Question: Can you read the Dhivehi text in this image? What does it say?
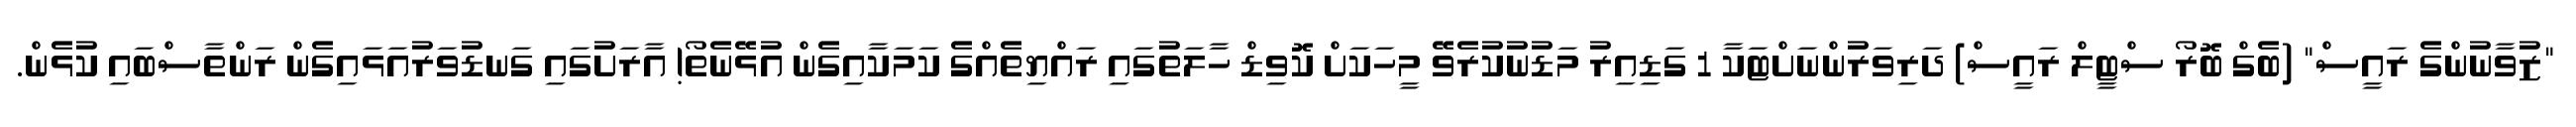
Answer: "ޒުވާނުންގެ ރައީސް" (ބެގް ބޮރޯ ސްޓީލް ރައީސް) ދަރިވަރުންނަށްޓަކާ 1 ގަޑިއިރު މަޑުނުކުރެވޭ މީހަކަށް ކޮވިޑް ހާލަތުގައި ރައްޔިތެއްގެ ކަމަކާއިގެން އުޅޭނެތޯ! އާރަށުގައި ގަނޑުވަރުއަޅައިގެން ރަންތާސްބައި ކުޅެން.